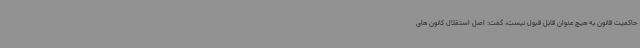
حاکمیت قانون به هیچ عنوان قابل قبول نیست، گفت: اصل استقلال کانون های